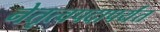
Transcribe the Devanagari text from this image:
नेतृत्वपदापर्यंत